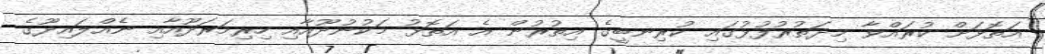
އަތޮޅަށް ކުރައްވާ މިދަތުރުފުޅުގައި ކުރިނބީގެ އިތުރުން އެ އަތޮޅު މަކުނުދޫއާއި ހިރިމަރަދޫއާއި ނެއްލައިދޫގެ